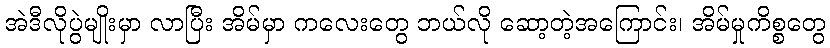
အဲဒီလိုပွဲမျိုးမှာ လာပြီး အိမ်မှာ ကလေးတွေ ဘယ်လို ဆော့တဲ့အကြောင်း၊ အိမ်မှုကိစ္စတွေ